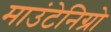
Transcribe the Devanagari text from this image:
माउंटेनिग्रो